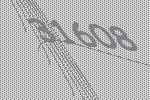
31608